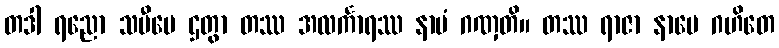
တဒါ ရညော သမီပေ ဌတွာ တဿ အလင်္ကာရဿ နာမံ ဂဏှတိ။ တဿ ရာဇာ နာမေ ဂဟိတေ